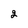
Character: 2